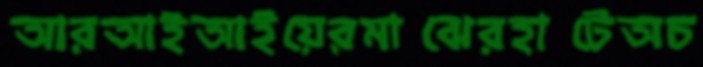
আরআইআইয়েরমাঝেরহাটেঅচ